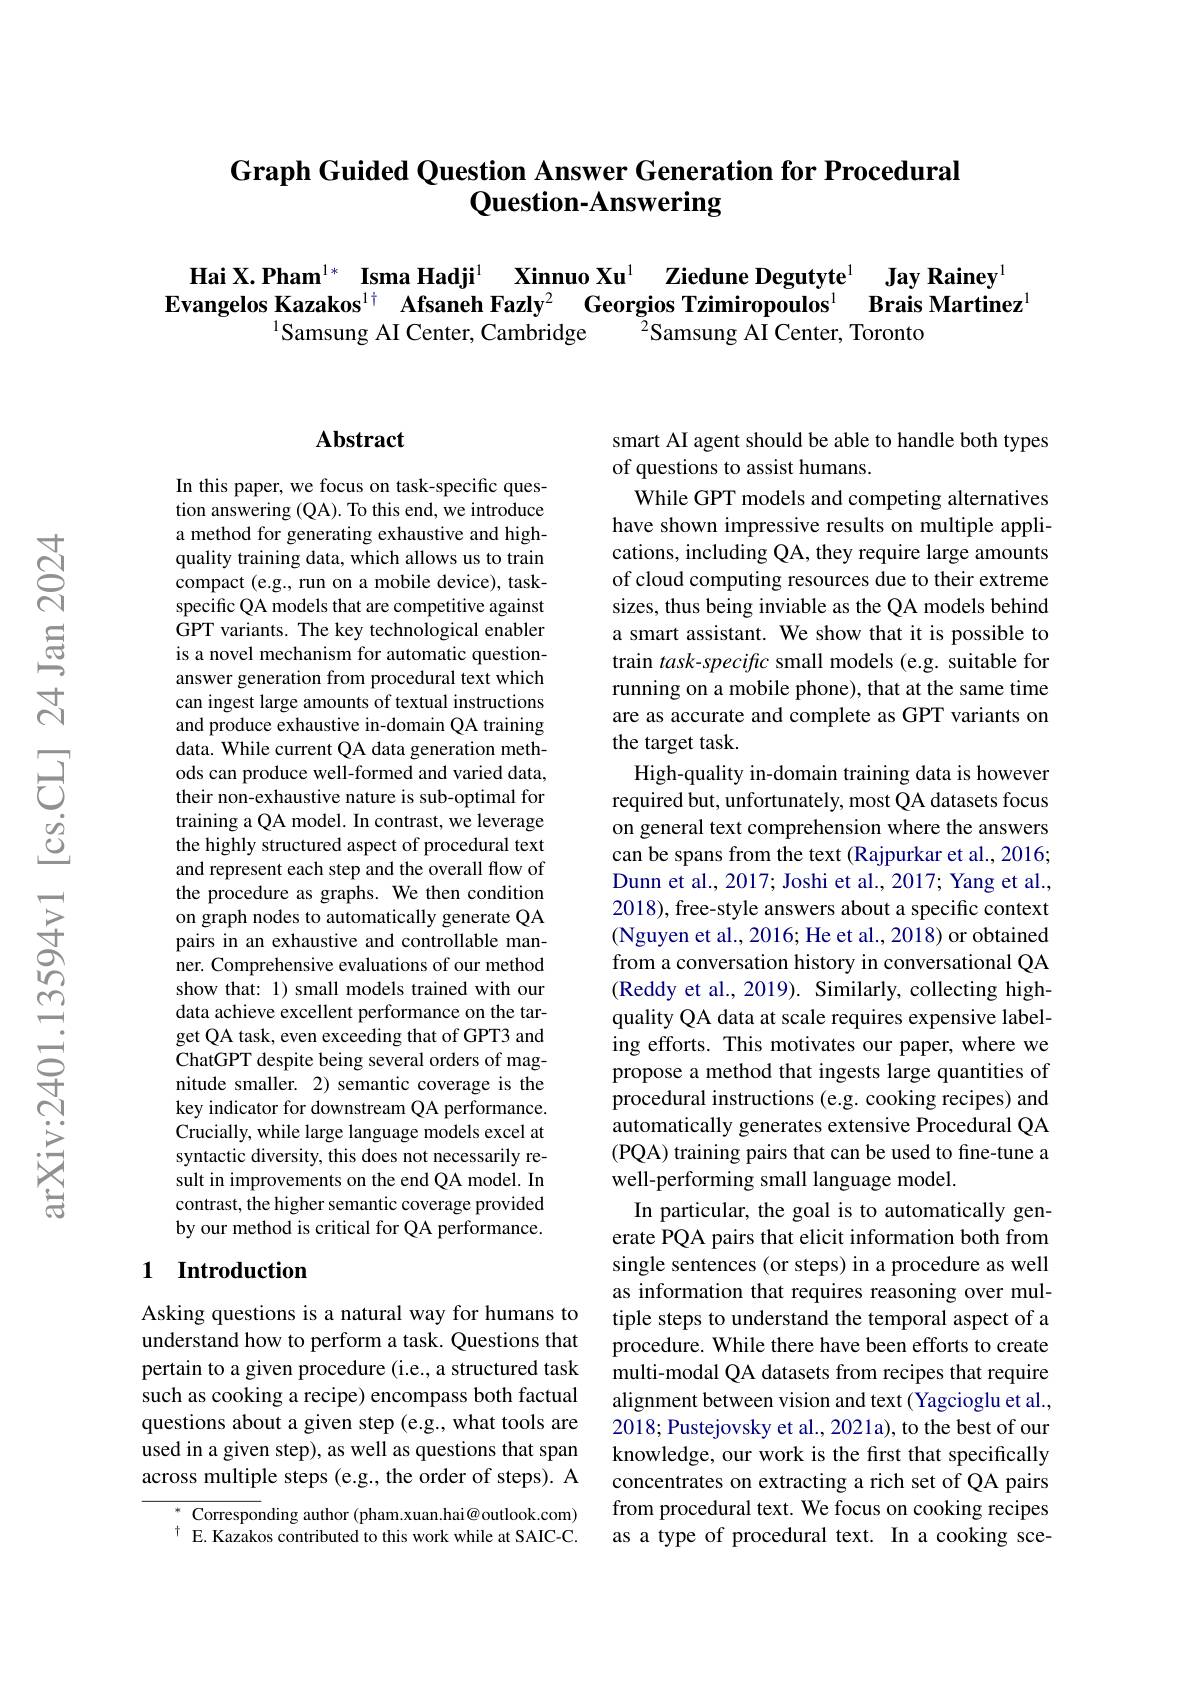
### Graph Guided Question Answer Generation for Procedural Question-Answering

Hai X.Pham$^{1*}$ Isma Hadji$^{1}$ Xinnuo Xu$^{1}$ Ziedune Degutyte$^{1}$ Jay Rainey$^{1}$
$\textbf{Evangelos Kazakos}^{1\dagger}$ Afsaneh Fazly$^2$ Georgios Tzimiropoulos$^1$ Brais Martinez$^1$
$^{1}$Samsung AI Center, Cambridge
$\bar{^2}$Samsung AI Center, Toronto

## Abstract

In this paper, we focus on task-specific question answering (QA). To this end, we introduce a method for generating exhaustive and highquality training data, which allows us to train compact (e.g., run on a mobile device), taskspecific QA models that are competitive against GPT variants. The key technological enabler is a novel mechanism for automatic questionanswer generation from procedural text which can ingest large amounts of textual instructions and produce exhaustive in-domain QA training data. While current QA data generation methods can produce well-formed and varied data, their non-exhaustive nature is sub-optimal for training a QA model. In contrast, we leverage the highly structured aspect of procedural text and represent each step and the overall flow of the procedure as graphs. We then condition on graph nodes to automatically generate QA pairs in an exhaustive and controllable manner. Comprehensive evaluations of our method show that: 1) small models trained with our data achieve excellent performance on the target QA task, even exceeding that of GPT3 and ChatGPT despite being several orders of magnitude smaller. 2) semantic coverage is the key indicator for downstream QA performance. Crucially, while large language models excel at syntactic diversity, this does not necessarily result in improvements on the end QA model. In contrast, the higher semantic coverage provided by our method is critical for QA performance.

## 1 Introduction

Asking questions is a natural way for humans to understand how to perform a task. Questions that pertain to a given procedure (i.e., a structured task such as cooking a recipe) encompass both factual questions about a given step (e.g., what tools are used in a given step), as well as questions that span across multiple steps (e.g., the order of steps). A

$^{*}$ Corresponding author (pham.xuan.hai@outlook.com) $^{\dagger}$E. Kazakos contributed to this work while at SAIC-C.

smart AI agent should be able to handle both types
of questions to assist humans.
While GPT models and competing alternatives have shown impressive results on multiple applications, including QA, they require large amounts of cloud computing resources due to their extreme sizes, thus being inviable as the QA models behind a smart assistant. We show that it is possible to train task-specific small models (e.g. suitable for running on a mobile phone), that at the same time are as accurate and complete as GPT variants on the target task.
High-quality in-domain training data is however required but, unfortunately, most QA datasets focus on general text comprehension where the answers can be spans from the text (Rajpurkar et al., 2016; Dunn et al., 2017; Joshi et al., 2017; Yang et al., 2018), free-style answers about a specific context (Nguyen et al., 2016; He et al., 2018) or obtained from a conversation history in conversational QA (Reddy et al., 2019). Similarly, collecting highquality QA data at scale requires expensive labeling efforts. This motivates our paper, where we propose a method that ingests large quantities of procedural instructions (e.g. cooking recipes) and automatically generates extensive Procedural QA (PQA) training pairs that can be used to fine-tune a well-performing small language model.
In particular, the goal is to automatically generate PQA pairs that elicit information both from single sentences (or steps) in a procedure as well as information that requires reasoning over multiple steps to understand the temporal aspect of a procedure. While there have been efforts to create multi-modal QA datasets from recipes that require alignment between vision and text (Yagcioglu et al., 2018; Pustejovsky et al., 2021a), to the best of our knowledge, our work is the first that specifically concentrates on extracting a rich set of QA pairs from procedural text. We focus on cooking recipes as a type of procedural text. In a cooking sce-